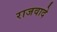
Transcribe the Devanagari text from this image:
राजवादे